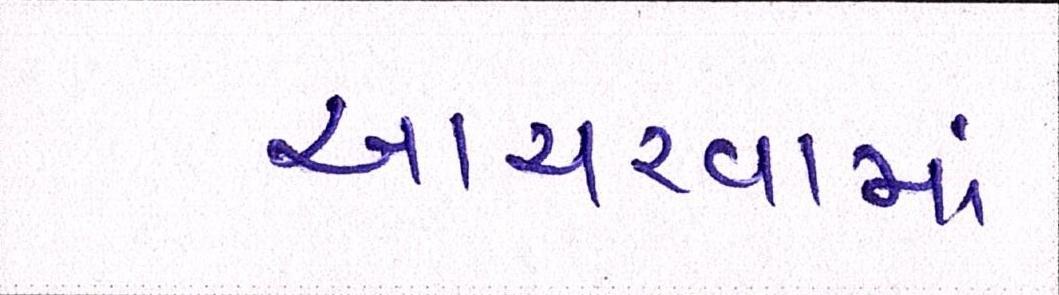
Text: આચરવામાં